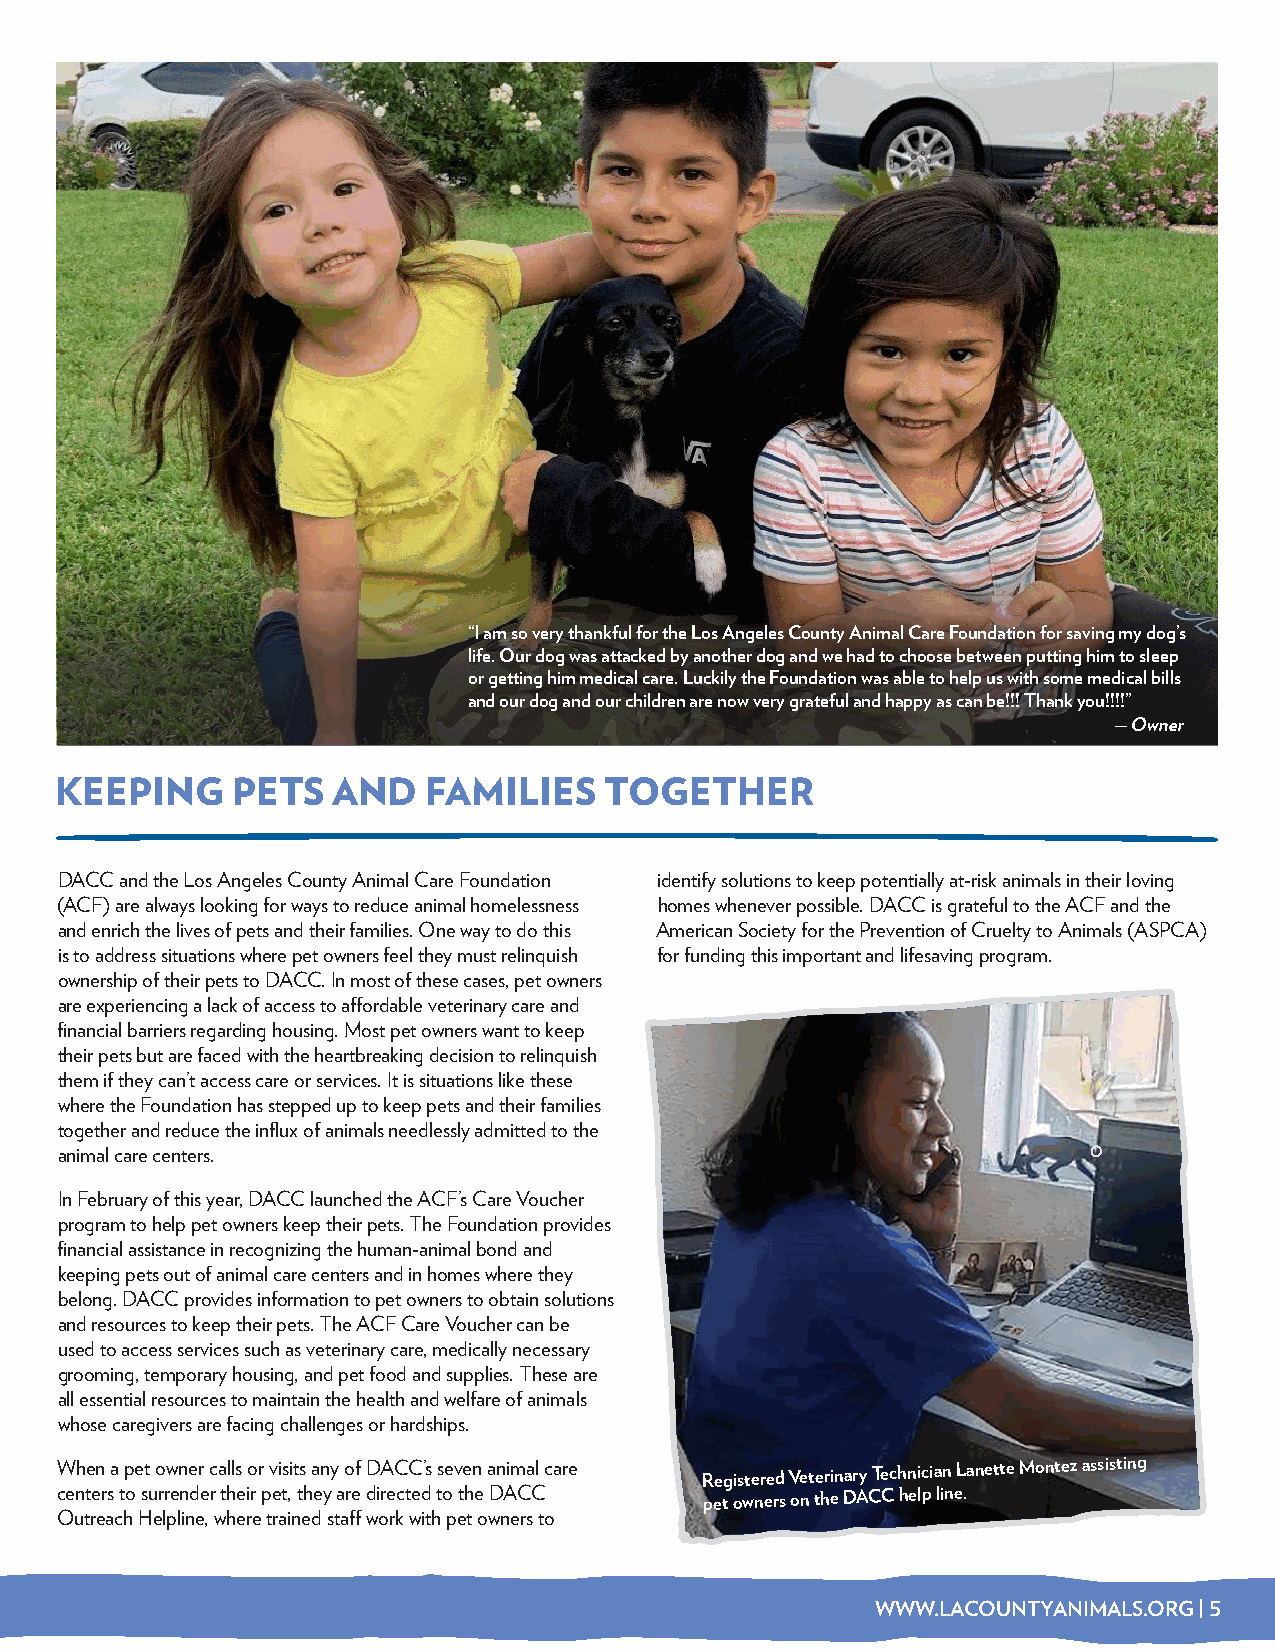
“I am so very thankful for the Los Angeles County Animal Care Foundation for saving my dog’s
 life. Our dog was attacked by another dog and we had to choose between putting him to sleep
 or getting him medical care. Luckily the Foundation was able to help us with some medical bills
 and our dog and our children are now very grateful and happy as can be!!! Thank you!!!!”
 — Owner
 KEEPING    PETS   AND   FAMILIES    TOGETHER
 DACC and the Los Angeles County Animal Care Foundation identify solutions to keep potentially at-risk animals in their loving
 (ACF) are always looking for ways to reduce animal homelessness homes whenever possible. DACC is grateful to the ACF and the
 and enrich the lives of pets and their families. One way to do this American Society for the Prevention of Cruelty to Animals (ASPCA)
 is to address situations where pet owners feel they must relinquish for funding this important and lifesaving program.
 ownership of their pets to DACC. In most of these cases, pet owners
 are experiencing a lack of access to affordable veterinary care and
 financial barriers regarding housing. Most pet owners want to keep
 their pets but are faced with the heartbreaking decision to relinquish
 them if they can’t access care or services. It is situations like these
 where the Foundation has stepped up to keep pets and their families
 together and reduce the influx of animals needlessly admitted to the
 animal care centers.
 In February of this year, DACC launched the ACF’s Care Voucher
 program to help pet owners keep their pets. The Foundation provides
 financial assistance in recognizing the human-animal bond and
 keeping pets out of animal care centers and in homes where they
 belong. DACC provides information to pet owners to obtain solutions
 and resources to keep their pets. The ACF Care Voucher can be
 used to access services such as veterinary care, medically necessary
 grooming, temporary housing, and pet food and supplies. These are
 all essential resources to maintain the health and welfare of animals
 whose caregivers are facing challenges or hardships.
 When a pet owner calls or visits any of DACC’s seven animal care Registered Veterinary Technician Lanette Montez assisting
 centers to surrender their pet, they are directed to the DACC pet owners on the DACC help line.
 Outreach Helpline, where trained staff work with pet owners to
 WWW.LACOUNTYANIMALS.ORG | 5